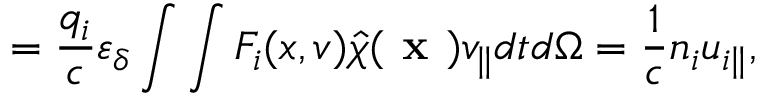
= \frac { q _ { i } } { c } \varepsilon _ { \delta } \int \int F _ { i } ( x , v ) \hat { \chi } ( \textbf { x } ) v _ { \parallel } d t d \Omega = \frac { 1 } { c } n _ { i } u _ { i \parallel } ,